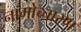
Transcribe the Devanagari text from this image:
नामोच्चारण